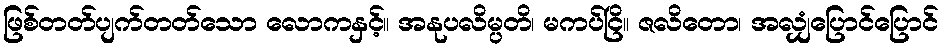
ဖြစ်တတ်ပျက်တတ်သော လောကနှင့်။ အနုပလိမ္ပတိ၊ မကပ်ငြိ။ ဇလိတော၊ အလျှံပြောင်ပြောင်